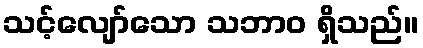
သင့်လျော်သော သဘာဝ ရှိသည်။